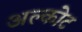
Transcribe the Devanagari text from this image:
अल्कोट